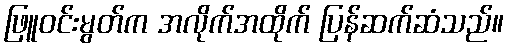
ဖြူဝင်းမွတ်က အလိုက်အထိုက် ပြန်ဆက်ဆံသည်။